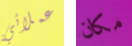
عملائي مكان